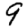
Digit: 9